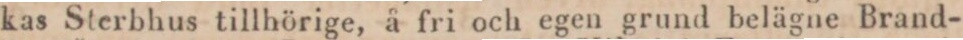
kas Sterbhus tillhörige, å fri och egen grund belägne Brand-